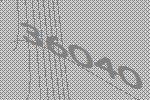
36040